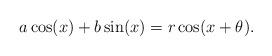
LaTeX: \begin{align*}a\cos(x)+b\sin(x)=r\cos(x+\theta).\end{align*}